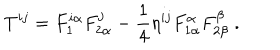
T ^ { i j } = F _ { 1 } ^ { i \alpha } F _ { 2 \alpha } ^ { j } - \frac 1 4 \eta ^ { i j } F _ { 1 \alpha } ^ { \alpha } F _ { 2 \beta } ^ { \beta } \; .